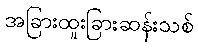
အခြားထူးခြားဆန်းသစ်